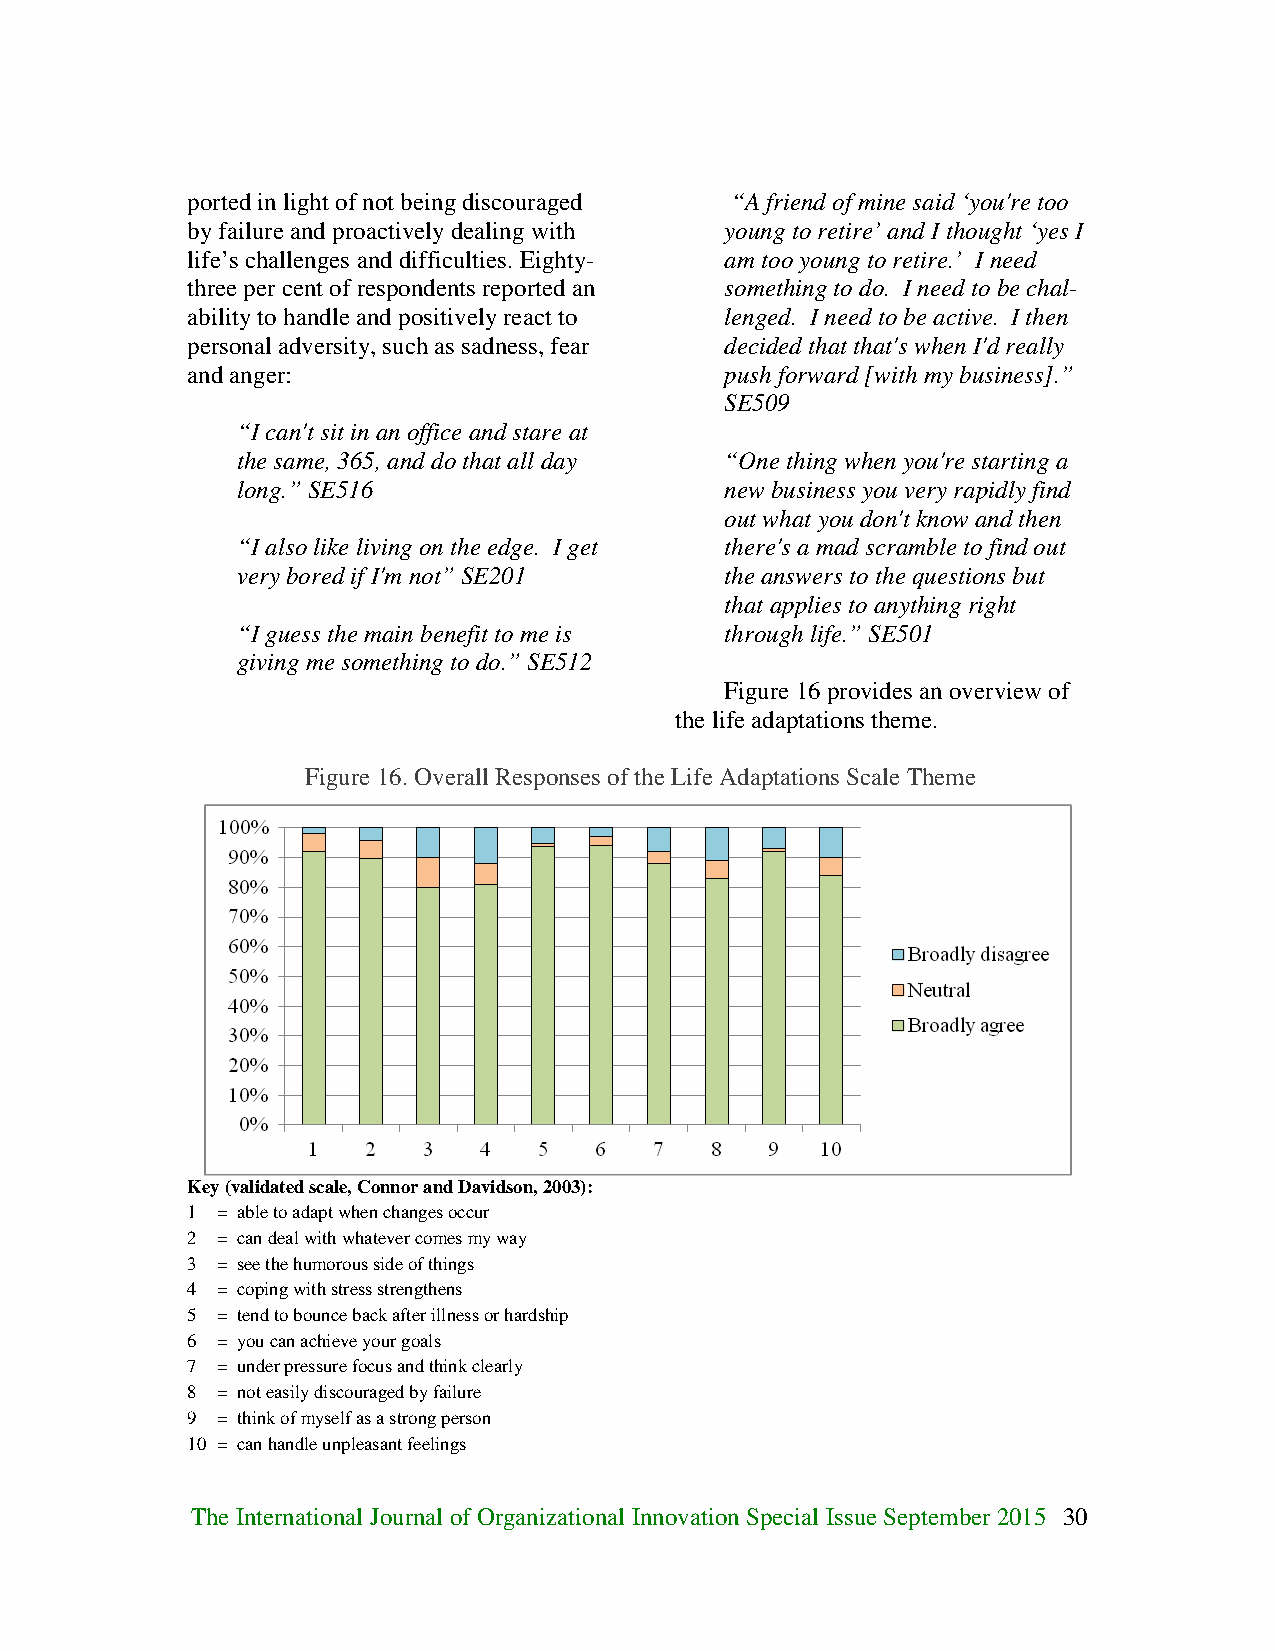
ported in light of not being discouraged “A friend of mine said ‘you're too
 by failure and proactively dealing with young to retire’ and I thought ‘yes I
 life’s challenges and difficulties. Eighty- am too young to retire.’ I need
 three per cent of respondents reported an something to do. I need to be chal-
 ability to handle and positively react to lenged. I need to be active. I then
 personal adversity, such as sadness, fear decided that that's when I'd really
 and anger:                          push forward [with my business].”
 SE509
 “I can't sit in an office and stare at
 the same, 365, and do that all day “One thing when you're starting a
 long.” SE516                    new business you very rapidly find
 out what you don't know and then
 “I also like living on the edge. I get there's a mad scramble to find out
 very bored if I'm not” SE201    the answers to the questions but
 that applies to anything right
 “I guess the main benefit to me is through life.” SE501
 giving me something to do.” SE512
 Figure 16 provides an overview of
 the life adaptations theme.
 Figure 16. Overall Responses of the Life Adaptations Scale Theme
 Key (validated scale, Connor and Davidson, 2003):
 1 = able to adapt when changes occur
 2 = can deal with whatever comes my way
 3 = see the humorous side of things
 4 = coping with stress strengthens
 5 = tend to bounce back after illness or hardship
 6 = you can achieve your goals
 7 = under pressure focus and think clearly
 8 = not easily discouraged by failure
 9 = think of myself as a strong person
 10 = can handle unpleasant feelings
 The International Journal of Organizational Innovation Special Issue September 2015 30